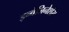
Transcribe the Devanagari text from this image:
इन्वेजिनेशंस